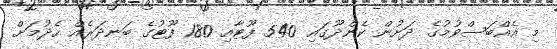
މި އެއްބަސްވުމުގެ ދަށުން ކެންދޫގައި 540 ފޫޓާއި 180 ފޫޓުގެ ބަނދަރެއް ހެދުމަށް